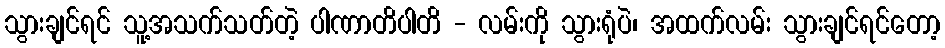
သွားချင်ရင် သူ့အသက်သတ်တဲ့ ပါဏာတိပါတိ - လမ်းကို သွားရုံပဲ၊ အထက်လမ်း သွားချင်ရင်တော့